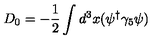
D _ { 0 } = - \frac { 1 } { 2 } \int d ^ { 3 } { x } ( \psi ^ { \dag } \gamma _ { 5 } \psi )